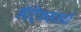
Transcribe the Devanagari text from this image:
मॅट्रिक्समधे